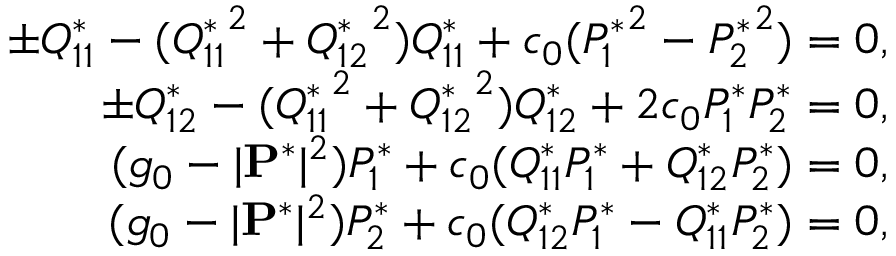
\begin{array} { r l r } & { } & { \pm Q _ { 1 1 } ^ { * } - ( { Q _ { 1 1 } ^ { * } } ^ { 2 } + { Q _ { 1 2 } ^ { * } } ^ { 2 } ) Q _ { 1 1 } ^ { * } + c _ { 0 } ( { P _ { 1 } ^ { * } } ^ { 2 } - { P _ { 2 } ^ { * } } ^ { 2 } ) = 0 , } \\ & { } & { \pm Q _ { 1 2 } ^ { * } - ( { Q _ { 1 1 } ^ { * } } ^ { 2 } + { Q _ { 1 2 } ^ { * } } ^ { 2 } ) Q _ { 1 2 } ^ { * } + 2 c _ { 0 } P _ { 1 } ^ { * } P _ { 2 } ^ { * } = 0 , } \\ & { } & { ( g _ { 0 } - | { \bf P ^ { * } } | ^ { 2 } ) P _ { 1 } ^ { * } + c _ { 0 } ( Q _ { 1 1 } ^ { * } P _ { 1 } ^ { * } + Q _ { 1 2 } ^ { * } P _ { 2 } ^ { * } ) = 0 , } \\ & { } & { ( g _ { 0 } - | { \bf P } ^ { * } | ^ { 2 } ) P _ { 2 } ^ { * } + c _ { 0 } ( Q _ { 1 2 } ^ { * } P _ { 1 } ^ { * } - Q _ { 1 1 } ^ { * } P _ { 2 } ^ { * } ) = 0 , } \end{array}